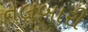
નલબારી